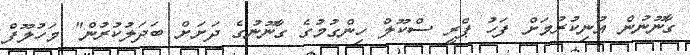
ގާނޫނުން އުނިކުރުމަށް ފަހު ޕްރީ ސްކޫލް ހިންގުމުގެ ގާނޫނުގެ ދަށަށް ބަދަލުކުރުން" މަހުލޫފް